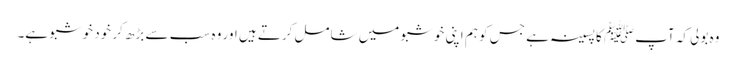
وہ بولی کہ آپﷺ کا پسینہ ہے جس کو ہم اپنی خوشبو میں شامل کرتے ہیں اور وہ سب سے بڑھ کر خود خوشبو ہے۔